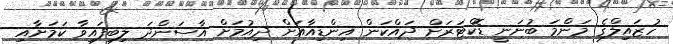
ހުޒައިލްގެ މަންމަ ބުނަނީ ޑޮކްޓަރަށް ދައްކަން އިންޑިއާއަށް ދިއުމަށް އާސަންދަ ލިބިފައިވާ ކަމަށާއި